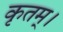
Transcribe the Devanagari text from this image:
कृतम्।